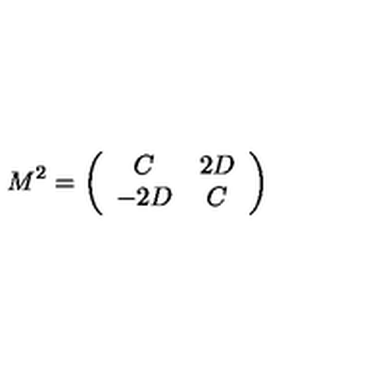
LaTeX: M ^ { 2 } = \left( \begin{array} { c c } { C } & { 2 D } \\ { - 2 D } & { C } \\ \end{array} \right)